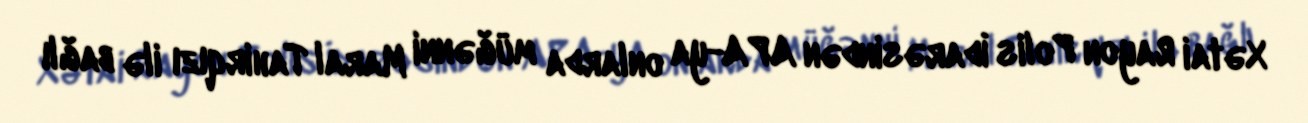
Xətai Rayon Polis İdarəsindən APA-ya onlarda müğənni Maral Tahirqızı ilə bağlı